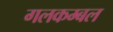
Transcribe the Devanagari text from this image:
गलकम्बल